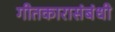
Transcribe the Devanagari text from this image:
गीतकारासंबंधी